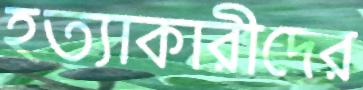
হত্যাকারীদের